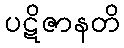
ပဋိဇာနတိ